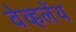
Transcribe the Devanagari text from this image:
वेव्हलेंथ